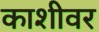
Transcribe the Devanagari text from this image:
काशीवर